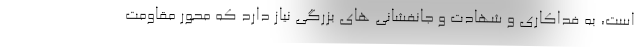
است، به فداکاری و شهادت و جانفشانی های بزرگی نیاز دارد که محور مقاومت